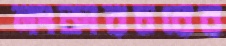
লংকারচরের